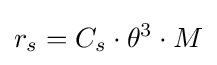
r_{s}=C_{s}\cdot \theta ^{3}\cdot M